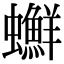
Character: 𧕇